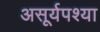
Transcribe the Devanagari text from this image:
असूर्यपश्या